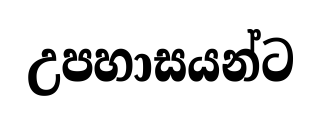
උපහාසයන්ට